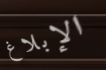
الإبلاغ